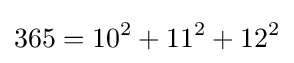
365=10^{2}+11^{2}+12^{2}